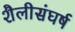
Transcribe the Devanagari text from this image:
शैलीसंघर्ष